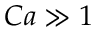
C a \gg 1